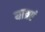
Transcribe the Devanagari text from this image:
यात्रएं